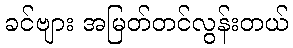
ခင်ဗျား အမြတ်တင်လွန်းတယ်